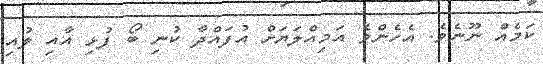
ކަމެއް ނޫނެވެ. އެހެންވެ އަމިއްލަޔަށް އުފައްދާ ކުނި ބޯ ފުޅި އާއި ލުއި